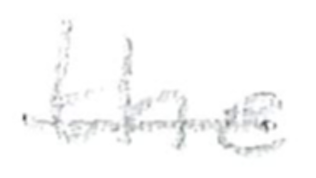
Text: the
Cross-out: mix
Writing tool: pencil